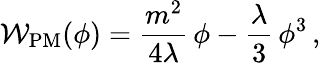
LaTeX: {\cal W}_{\mathrm{PM}}(\phi)=\frac{m^{2}}{4\lambda}\, \phi-\frac{\lambda}{3}\, \phi^{3}\, ,